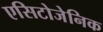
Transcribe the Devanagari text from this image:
एसिटोजेनिक